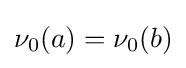
\nu _{0}(a)=\nu _{0}(b)